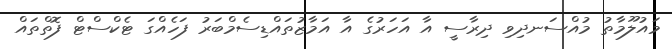
މައުލޫމާތު މުއްސަނދިވި ދިރާސީ އާ އަހަރުގެ އާ އަމާޒުތައްޑިސެމްބަރު ފަހެއްގަ ޓެކްސްޓް ފޮތްތައް